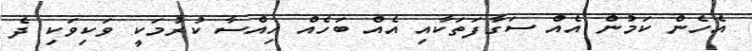
އެހެން ކަމުން އެއް ސަގާފަތަކާއި އެއް ބަހެއް ހިއްސާ ކުރުމަކީ ވަކިވަކި ދެ